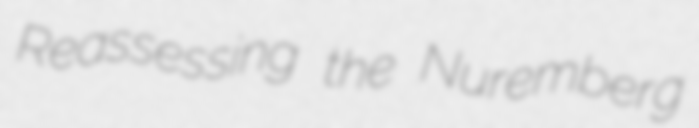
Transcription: Reassessing the Nuremberg